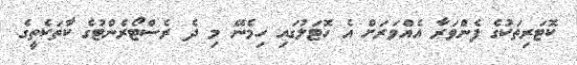
ކޮޓަރިތަކުގެ ފެންވަރާ އެއްވަރަށް އެ ހޮޓަލުގައި ހިމެނޭ މި ދެ ރެސްޓޯރެންޓުގެ ކާތަކެތީގެ